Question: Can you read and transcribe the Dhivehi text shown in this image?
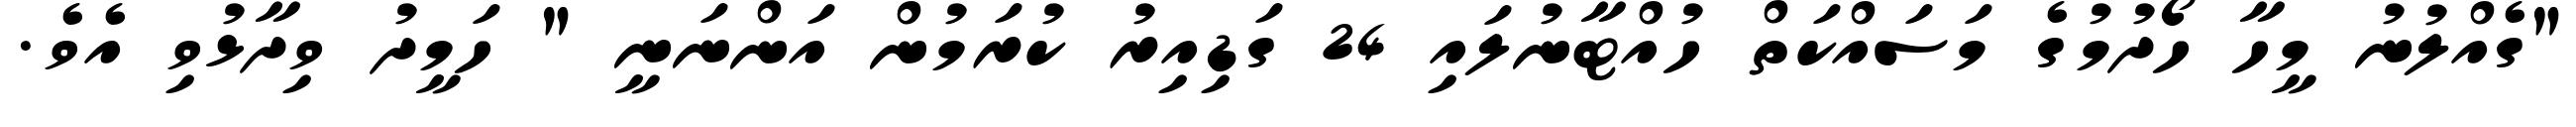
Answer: "ގެއްލުނު މީހާ ހޯދުމުގެ މަސައްކަތް ހުއްޓާނުލައި 24 ގަޑިއިރު ކުރަމުން އަންނަނީ " ހަމީދު ވިދާޅުވި އެވެ.